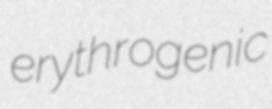
erythrogenic